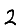
Digit: 2